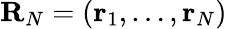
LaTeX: {\mathbf R}_{N}=({\mathbf r}_{1},\dots,{\mathbf r}_{N})